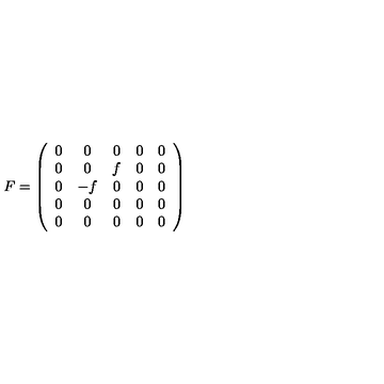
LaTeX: F = \left( \begin{array} { c c c c c } { 0 } & { 0 } & { 0 } & { 0 } & { 0 } \\ { 0 } & { 0 } & { f } & { 0 } & { 0 } \\ { 0 } & { - f } & { 0 } & { 0 } & { 0 } \\ { 0 } & { 0 } & { 0 } & { 0 } & { 0 } \\ { 0 } & { 0 } & { 0 } & { 0 } & { 0 } \\ \end{array} \right)